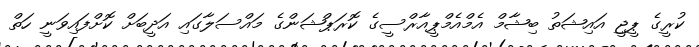
ކުރީގެ ޕީޖީ އައިޝަތު ބިޝާމް އެމްއެމްޕީއާރްސީގެ ކޮރަޕްޝަންގެ މައްސަލާގައި އަދީބަށް ކޮށްފައިވަނީ ހަތް